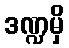
ဒဏ္ဍမှိ